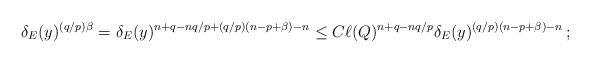
\begin{align*}\delta_E(y)^{(q/p)\beta} =\delta_E(y)^{n+q-nq/p+(q/p)(n-p+\beta)-n}\le C\ell(Q)^{n+q-nq/p} \delta_E(y)^{(q/p)(n-p+\beta)-n}\,;\end{align*}